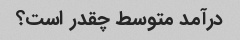
درآمد متوسط ​​چقدر است؟